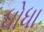
ધોધા